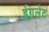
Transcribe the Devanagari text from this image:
ईगलेट